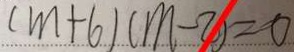
( m + 6 ) ( m - 2 ) = 0